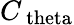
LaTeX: C_{\mathrm{\ theta}}